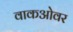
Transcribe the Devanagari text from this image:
वाकओवर